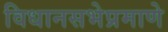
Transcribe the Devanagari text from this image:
विधानसभेप्रमाणे